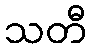
သတီ